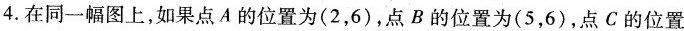
4.在同一幅图上，如果点A的位置为(2，6)，点B的位置为(5，6)，点C的位置